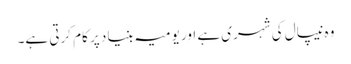
وہ نیپال کی شہری ہے اور یومیہ بنیاد پر کام کرتی ہے۔